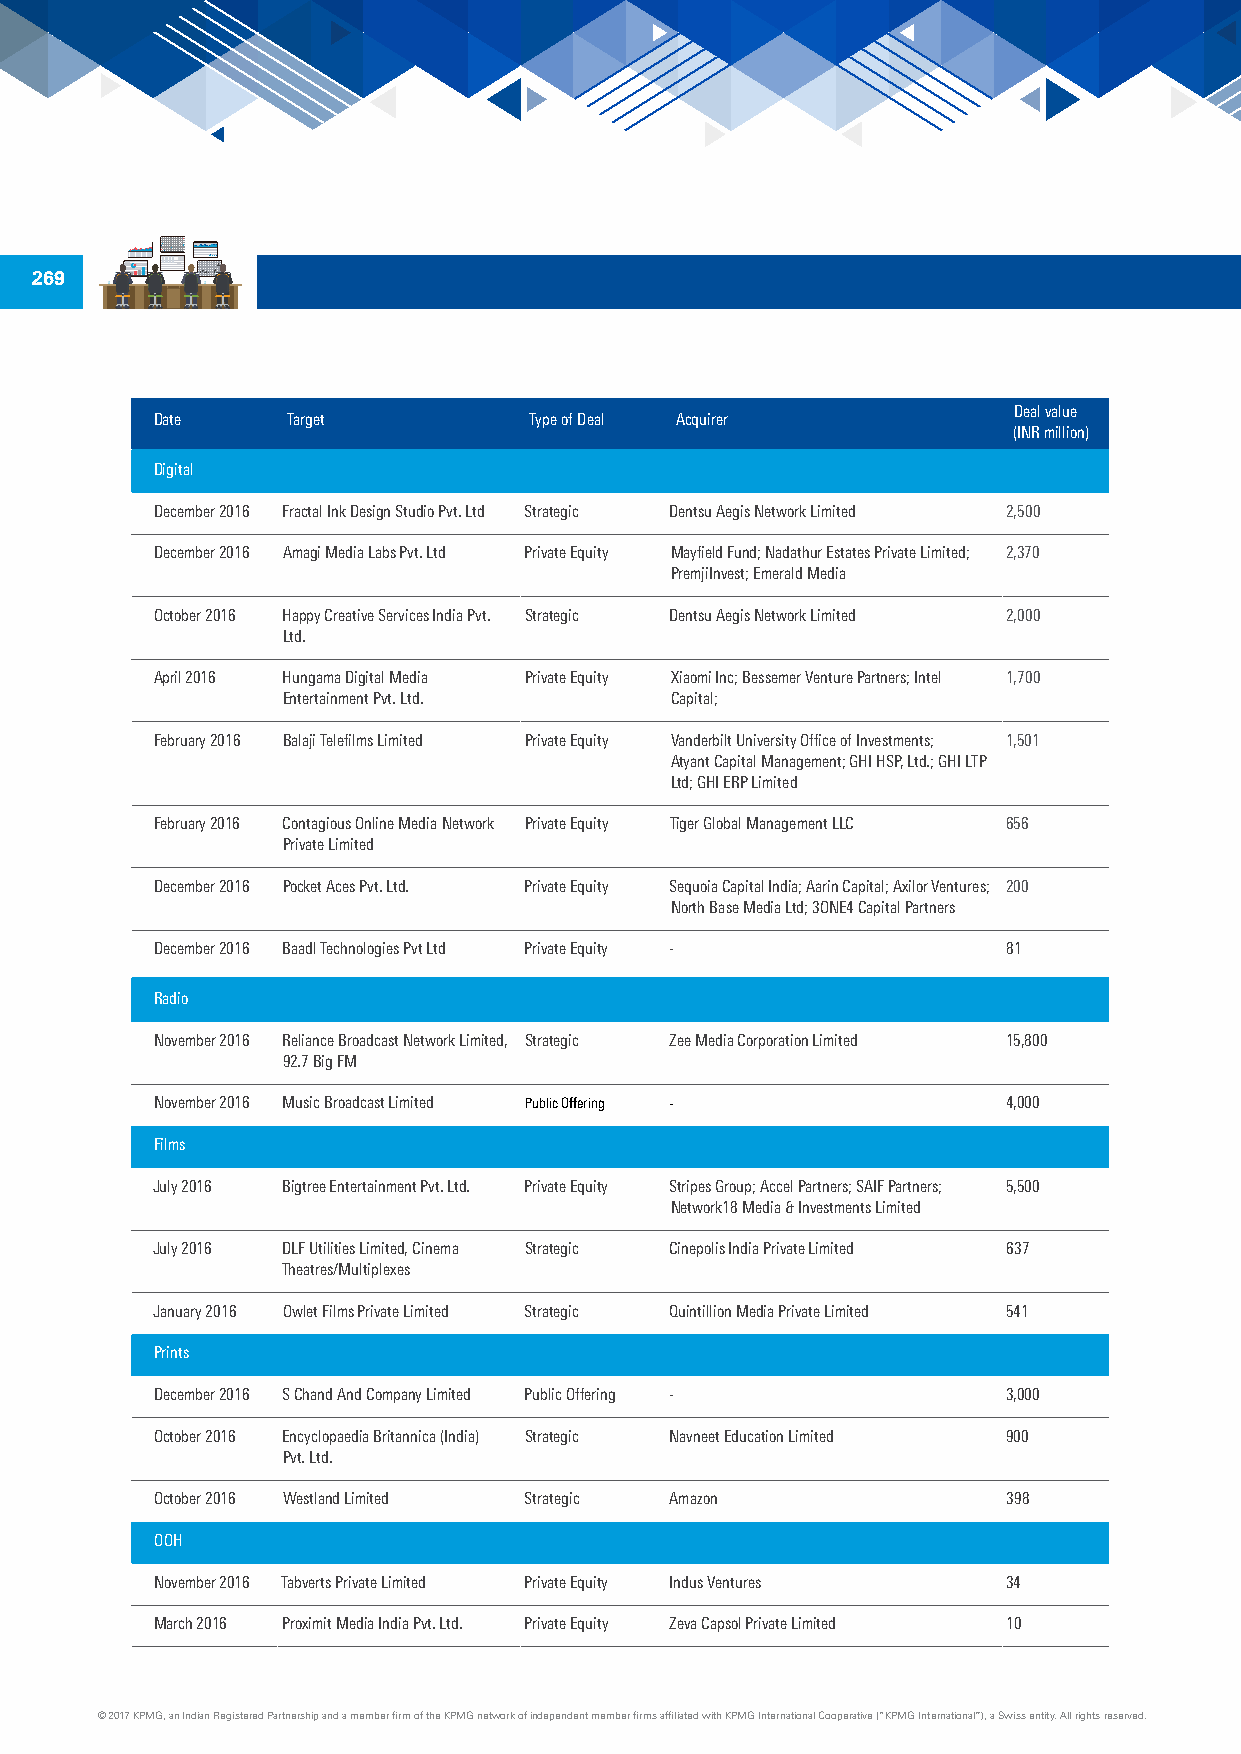
269
 Deal value
 Date     Target          Type of Deal Acquirer
 (INR million)
 Digital
 December 2016 Fractal Ink Design Studio Pvt. Ltd Strategic Dentsu Aegis Network Limited 2,500
 December 2016 Amagi Media Labs Pvt. Ltd Private Equity Mayfield Fund; Nadathur Estates Private Limited; 2,370
 PremjiInvest; Emerald Media
 October 2016 Happy Creative Services India Pvt. Strategic Dentsu Aegis Network Limited 2,000
 Ltd.
 April 2016 Hungama Digital Media Private Equity Xiaomi Inc; Bessemer Venture Partners; Intel 1,700
 Entertainment Pvt. Ltd.  Capital;
 February 2016 Balaji Telefilms Limited Private Equity Vanderbilt University Office of Investments; 1,501
 Atyant Capital Management; GHI HSP, Ltd.; GHI LTP
 Ltd; GHI ERP Limited
 February 2016 Contagious Online Media Network Private Equity Tiger Global Management LLC 656
 Private Limited
 December 2016 Pocket Aces Pvt. Ltd. Private Equity Sequoia Capital India; Aarin Capital; Axilor Ventures; 200
 North Base Media Ltd; 3ONE4 Capital Partners
 December 2016 Baadl Technologies Pvt Ltd Private Equity - 81
 Radio
 November 2016 Reliance Broadcast Network Limited, Strategic Zee Media Corporation Limited 15,800
 92.7 Big FM
 November 2016 Music Broadcast Limited Public Offering -  4,000
 Films
 July 2016 Bigtree Entertainment Pvt. Ltd. Private Equity Stripes Group; Accel Partners; SAIF Partners; 5,500
 Network18 Media & Investments Limited
 July 2016 DLF Utilities Limited, Cinema Strategic Cinepolis India Private Limited 637
 Theatres/Multiplexes
 January 2016 Owlet Films Private Limited Strategic Quintillion Media Private Limited 541
 Prints
 December 2016 S Chand And Company Limited Public Offering - 3,000
 October 2016 Encyclopaedia Britannica (India) Strategic Navneet Education Limited 900
 Pvt. Ltd.
 October 2016 Westland Limited Strategic Amazon           398
 OOH
 November 2016 Tabverts Private Limited Private Equity Indus Ventures 34
 March 2016 Proximit Media India Pvt. Ltd. Private Equity Zeva Capsol Private Limited 10
 © 2017 KPMG, an Indian Registered Partnership and a member firm of the KPMG network of independent member firms affiliated with KPMG International Cooperative (“KPMG International”), a Swiss entity. All rights reserved.